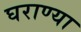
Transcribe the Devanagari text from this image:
घराण्या